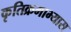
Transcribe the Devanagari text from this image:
कृतिक्रमाभ्यास